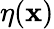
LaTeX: \eta(\mathbf{x})